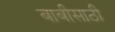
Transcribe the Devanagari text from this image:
बाबीसाठी